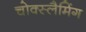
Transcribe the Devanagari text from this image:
चोक्स्लैमिंग